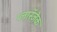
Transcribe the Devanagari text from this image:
प्लाॅस्ज़ेक